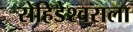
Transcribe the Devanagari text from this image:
रोहिडेश्वराला